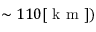
\sim 1 1 0 [ \mathrm { ~ k ~ m ~ } ] )